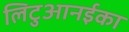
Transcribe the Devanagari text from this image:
लिटुआनईका